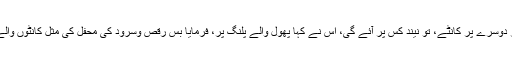
شاہ صاھب نے فرمایا دو پلنگ ہوں ایک پلنگ پر پھول بچھا دئے جائیں اور دوسرے پر کانٹے، تو نیند کس پر آئے گی، اس نے کہا پھول والے پلنگ پر، فرمایا بس رقص وسرود کی محفل کی مثل کانٹوں والے پلنگ کی ہے اور اللہ کے عبادت والے کی مثال پھول والے پلنگ کی ہے۔